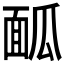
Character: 𩈕